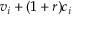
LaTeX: v _ { i } + ( 1 + r ) c _ { i }